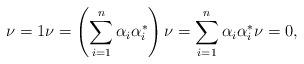
LaTeX: \begin{align*} \nu = 1\nu = \left(\sum_{i=1}^n \alpha_i \alpha_i^* \right) \nu = \sum_{i=1}^n \alpha_i \alpha_i^* \nu = 0,\end{align*}